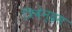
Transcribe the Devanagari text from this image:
त्रिवेन्‍द्रम